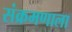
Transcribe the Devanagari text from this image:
संक्रमणाला